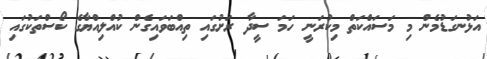
އަޅުނގަޑުމެން މި މަސައްކަތް މިކުރަނީ ހަމަ ސީދާ ރަށުގައި ތިއްބަވައިގެން ކުއްލިއްޔާގެ ކޯސްތަކުގައި